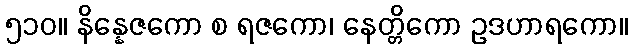
၅၁၀။ နိန္နေဇကော စ ရဇကော၊ နေတ္တိကော ဥဒဟာရကော။